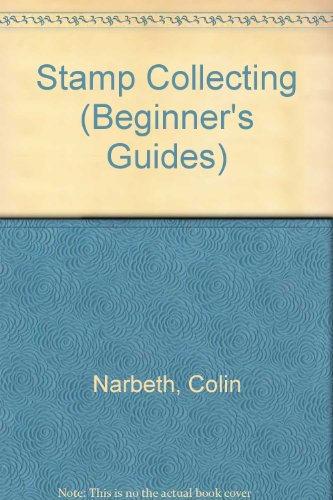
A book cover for Stamp Collecting (Beginner's Guides); Colin Narbeth; Crafts, Hobbies & Home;